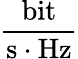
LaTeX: \frac{\mathrm{bit}}{\mathrm{s}\cdot\mathrm{Hz}}